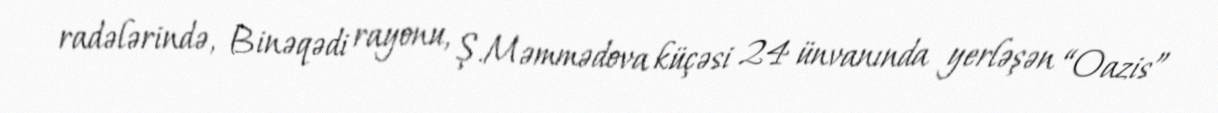
radələrində, Binəqədi rayonu, Ş.Məmmədova küçəsi 24 ünvanında yerləşən “Oazis”